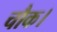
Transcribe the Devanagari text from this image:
चौक।